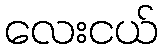
လေးငယ်